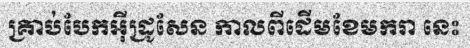
គ្រាប់បែកអ៊ីដ្រូសែន កាលពីដើមខែមករា នេះ